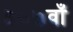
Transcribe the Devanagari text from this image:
३०७वाँ